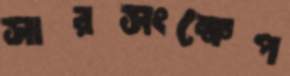
সারসংক্ষেপ